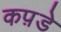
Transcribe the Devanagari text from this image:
कप़डे